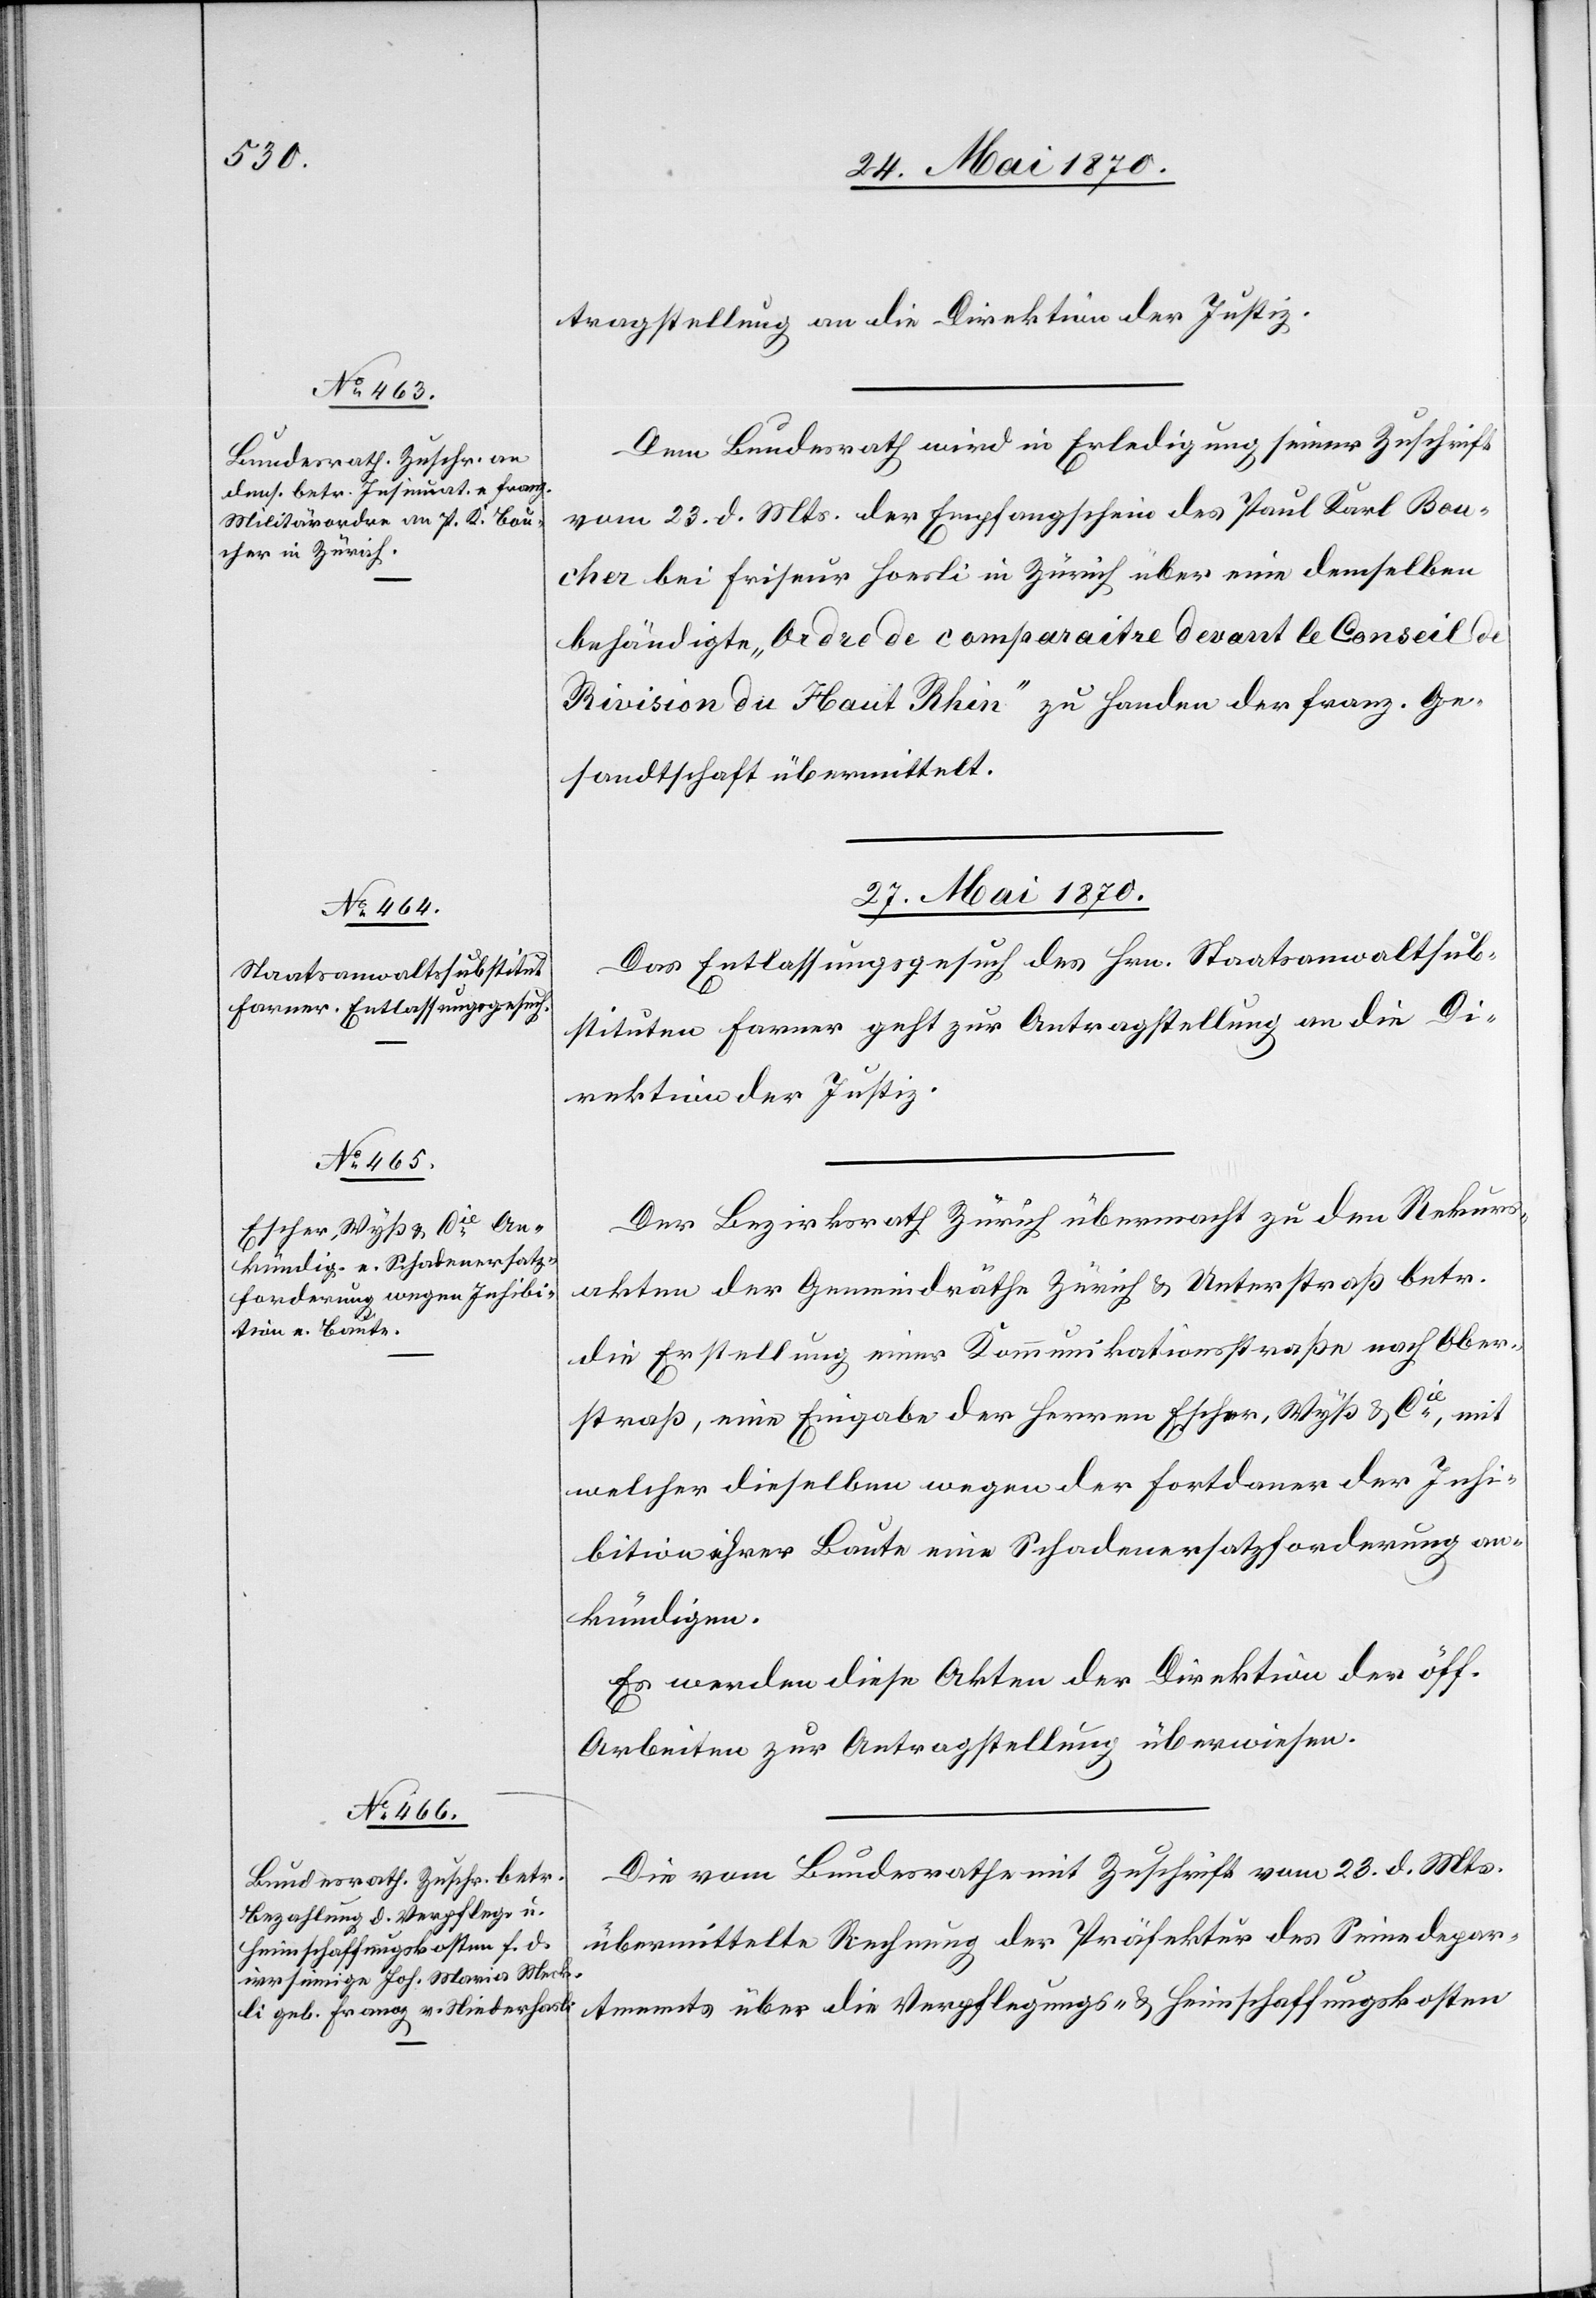
25. Mai 1870.]
tragstellung an die Direktion der Justiz.
Dem Bundesrath wird in Erledigung seiner Zuschrift
vom 23. d. Mts. der Empfangschein des Paul Karl Bou¬
cher bei Friseur Hoesli in Zürich über eine demselben
behändigte „Ordre de comparaitre devant le Conseil de
Rivision du Haut Rhin“ zu Handen der franz. Ge¬
sandtschaft überwiesen.
27. Mai 1870.]
Das Entlassungsgesuch des Hrn. Staatsanwaltsub¬
stituten Farner geht zur Antragstellung an die Di¬
rektion der Justiz.
Der Bezirksrath Zürich übermacht zu den Rekurs¬
akten der Gemeindräthe Zürich & Unterstraß betr.
die Erstellung einer Kommunikationsstraße nach Ober¬
straß, eine Eingabe der Herren Escher, Wyß & Cie, mit
welcher dieselben wegen der Fortdauer der Inhi¬
bition ihrer Baute eine Schadenersatzforderung an¬
kündigen.
Es werden diese Akten der Direktion der öff.
Arbeiten zur Antragstellung überwiesen.
Die vom Bundesrathe mit Zuschrift vom 23. d. Mts.
übermittelte Rechnung der Präfektur des Seinedepar¬
tements über die Verpflegungs- & Heimschaffungskosten